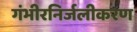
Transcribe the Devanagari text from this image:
गंभीरनिर्जलीकरण